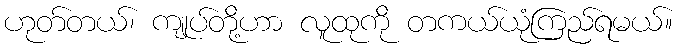
ဟုတ်တယ်၊ ကျုပ်တို့ဟာ လူထုကို တကယ်ယုံကြည်ရမယ်။